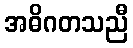
အဓိဂတသညီ